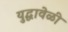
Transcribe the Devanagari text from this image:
युद्धावेळी